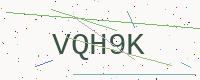
Text: VQH9K